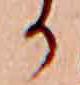
か